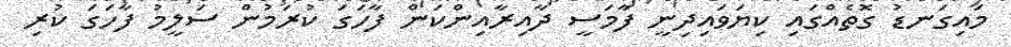
މައިގަނޑު ގޮތެއްގައި ކިޔަވައިދިނީ ފާމަސީ ދާއިރާއިންކަން ފާހަގަ ކުރަމުން ސަލީމު ފާހަގަ ކުރި